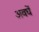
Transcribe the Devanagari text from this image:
अवघें